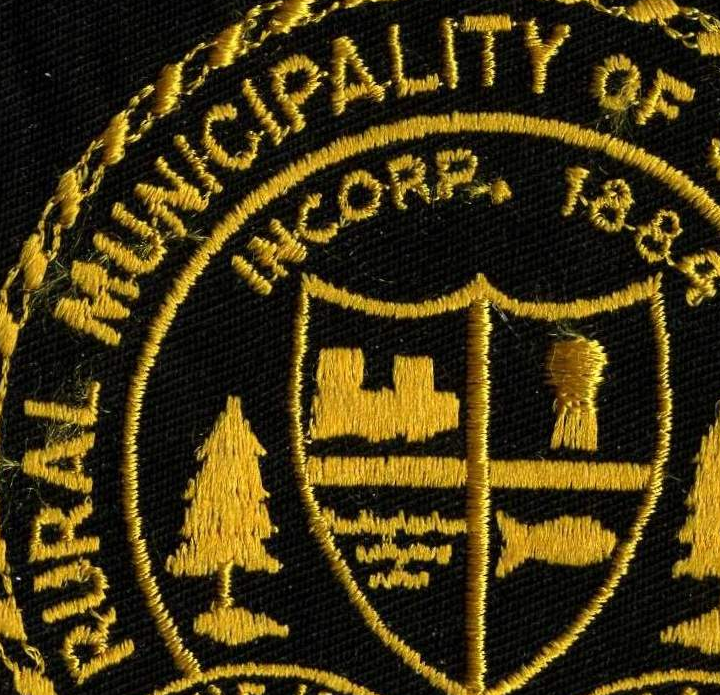
PURAL MUNICIPALITY OF